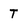
Character: T